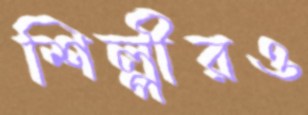
শিল্পীরও